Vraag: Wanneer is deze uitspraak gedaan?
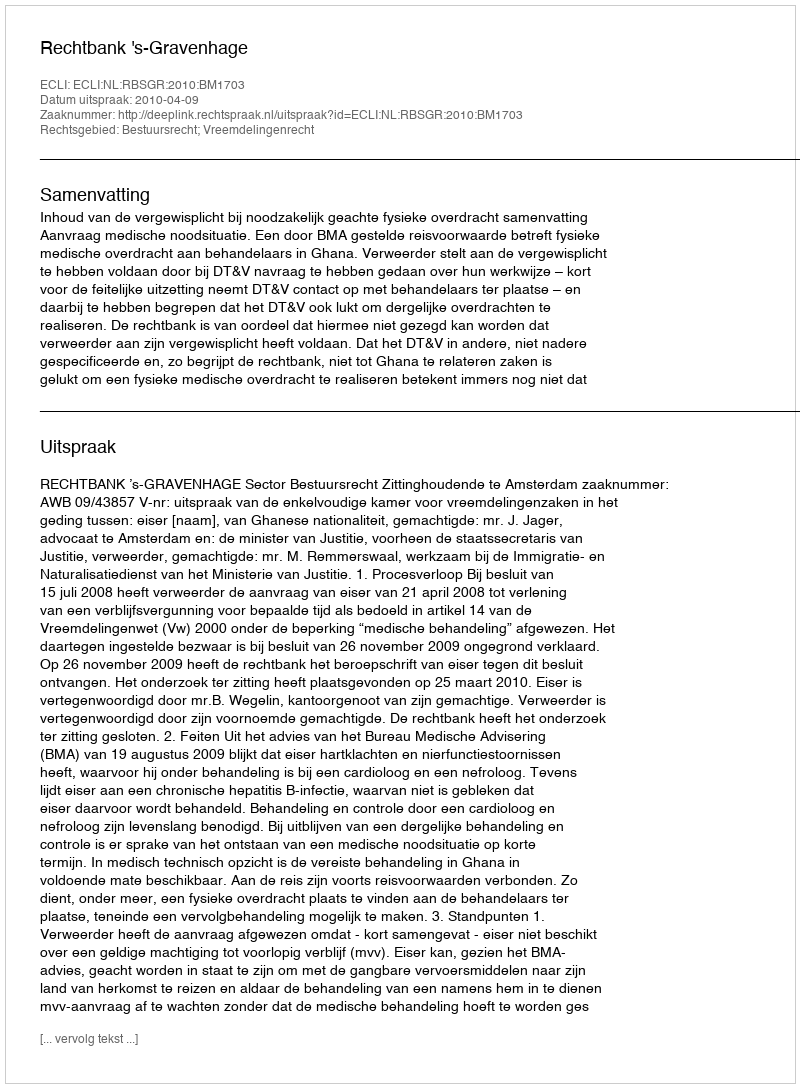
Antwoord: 2010-04-09